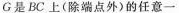
G是BC上(除端点外)的任意一